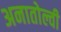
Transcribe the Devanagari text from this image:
अनातोल्वी